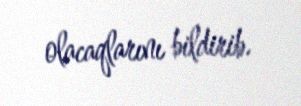
olacaqlarını bildirib.